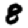
Digit: 8